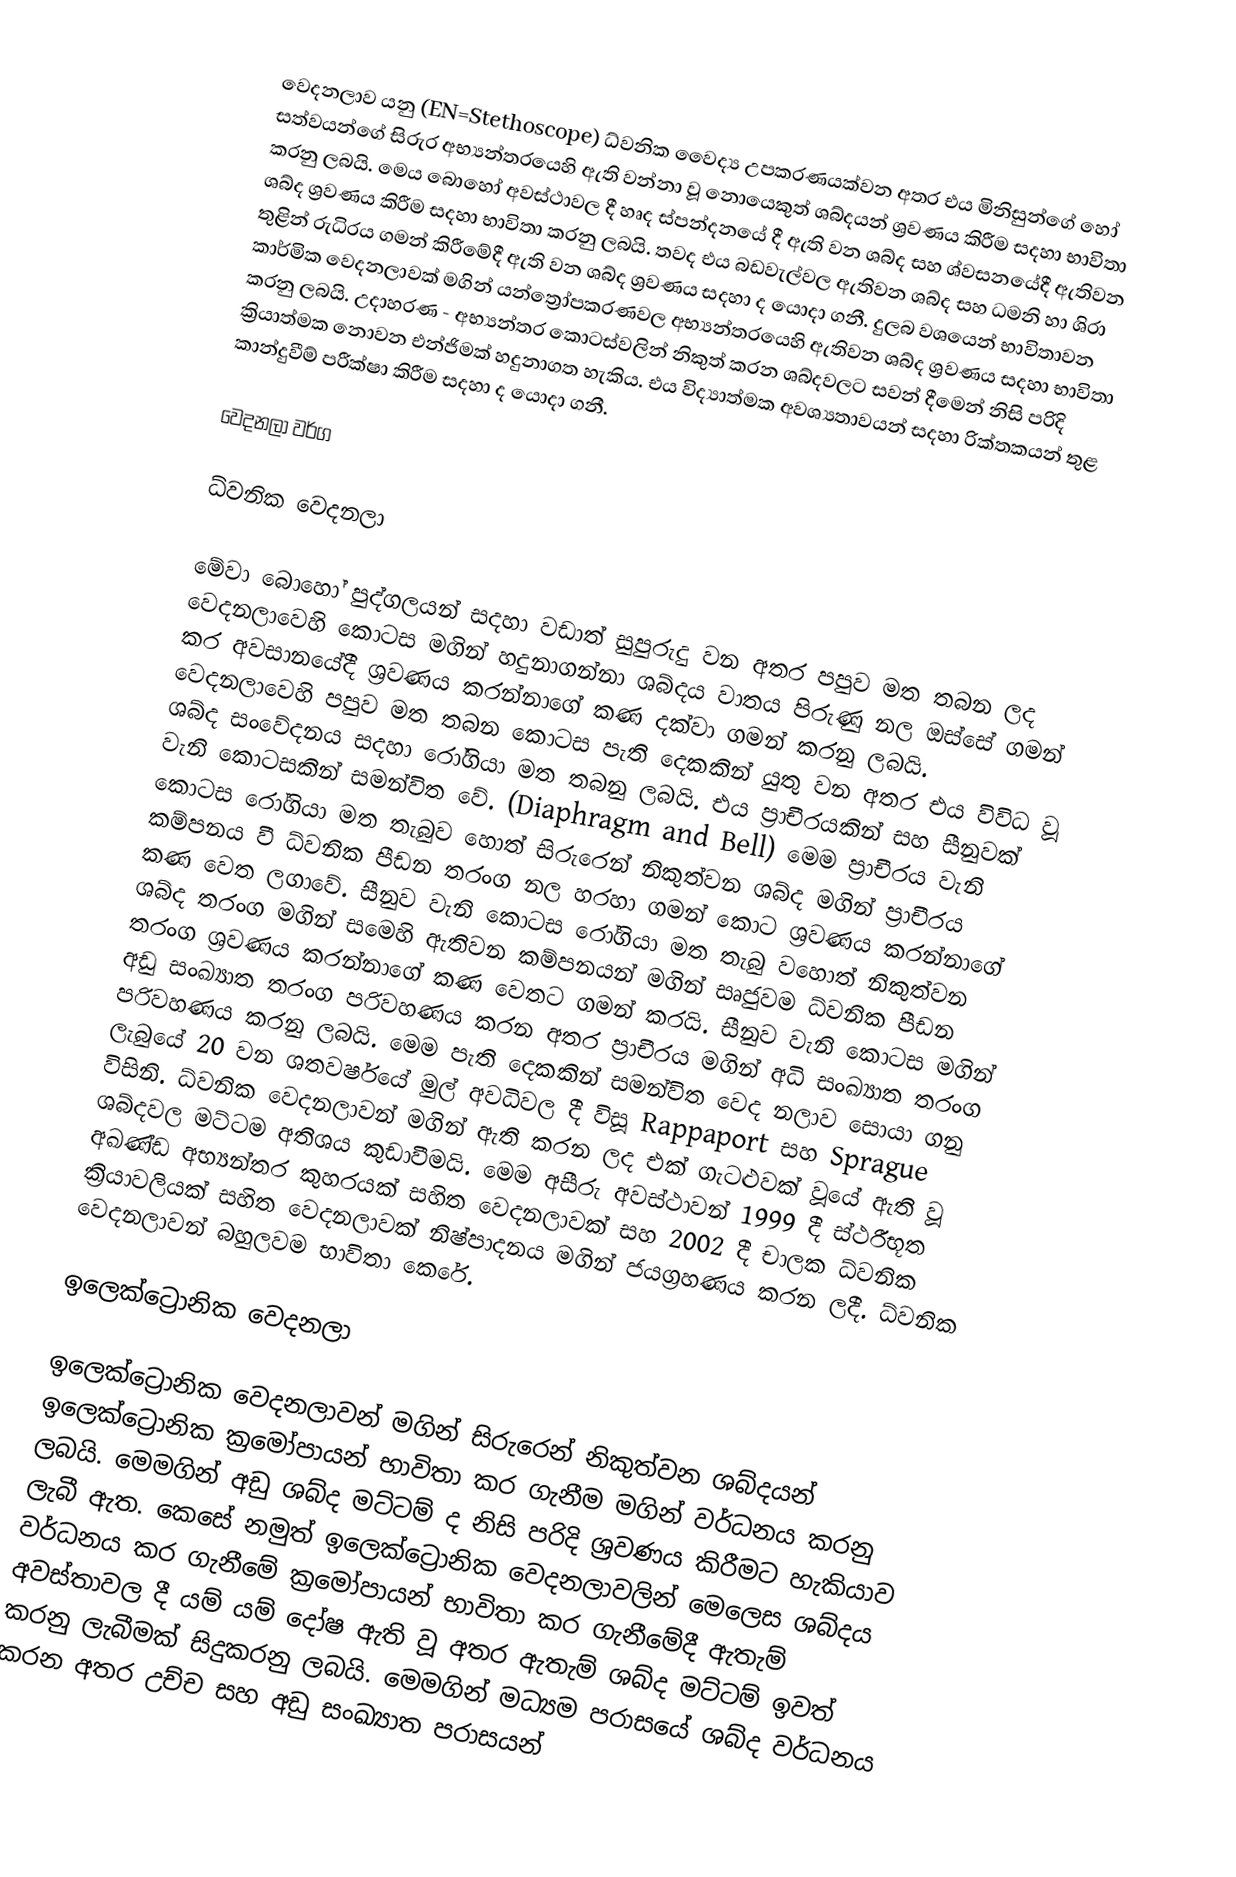
වෙදනලාව යනු (EN=Stethoscope) ධ්වනික වෛද්‍ය උපකරණයක්වන අතර එය මිනිසුන්ගේ හෝ සත්වයන්ගේ සිරුර අභ්‍යන්තරයෙහි ඇති වන්න‍ා වූ නොයෙකුත් ශබ්දයන් ශ්‍රවණය කිරීම සදහා භාවිතා කරනු ලබයි. මෙය බොහෝ අවස්ථාවල දී හෘද ස්පන්දනයේ දී ඇති වන ශබ්ද සහ ශ්වසනයේදී ඇතිවන ශබ්ද ශ්‍රවණය කිරීම සදහා භාවිතා කරනු ලබයි. තවද එය බඩවැල්වල ඇතිවන ශබ්ද සහ ධමනි හා ශිරා තුළින් රුධිරය ගමන් කිරීමේදී ඇති වන ශබ්ද ශ්‍රවණය සදහා ද යොදා ගනී. දුලබ වශයෙන් භාවිතාවන කාර්මික වෙදනලාවක් මගින් ‍යන්ත්‍රෝපකරණවල අභ්‍යන්තරයෙහි ඇතිවන ශබ්ද ශ්‍රවණය සදහා භාවිතා කරනු ලබයි. උදාහරණ - අභ්‍යන්තර කොටස්වලින් නිකුත් කරන ශබ්දවලට සවන් දීමෙන් නිසි පරිදි ක්‍රියාත්මක නොවන එන්ජිමක් හදුනාගත හැකිය. එය විද්‍යාත්මක අවශ්‍යතාවයන් සදහා රික්තකයන් තුළ කාන්දුවීම් පරීක්ෂා කිරීම සදහා ද යොදා ගනී.

වෙදනලා වර්ග

ධ්වනික වෙදනලා

මේවා බොහෝ පුද්ගලයන් සදහා වඩාත් සුපුරුදු වන අතර පපුව මත තබන ලද වෙදනලාවෙහි කොටස මගින් හදුනාගන්නා ශබ්දය වාතය පිරුණු නල ඔස්සේ ගමන් කර අවසානයේදී ශ්‍රවණය කරන්නාගේ කණ දක්වා ගමන් කරනු ලබයි. වෙදනලාවෙහි පපුව මත තබන කොටස පැති දෙකකින් යුතු වන අතර එය විවිධ වූ ශබ්ද සංවේදනය සදහා රෝගියා මත තබනු ලබයි. එය ප්‍රාචීරයකින් සහ සීනුවක් වැනි කොටසකින් සමන්විත වේ. (Diaphragm and Bell) මෙම ප්‍රාචීරය වැනි ‍කොටස රෝගියා මත තැබුව ‍හොත් සිරුරෙන් නිකුත්වන ශබ්ද මගින් ප්‍රාචීරය කම්පනය වී ධ්වනික පීඩන තරංග නල හරහා ගමන් කොට ශ්‍රවණය කරන්නා‍ගේ කණ වෙත ලගාවේ. සීනුව වැනි කොටස රෝගියා මත තැබු	වහොත් නිකුත්වන ශබ්ද තරංග මගින් සමෙහි ඇතිවන කම්පනයන් මගින් සෘජුවම ධ්වනික පීඩන තරංග ශ්‍රවණය කරන්න‍ාගේ කණ වෙතට ගමන් කරයි. සීනුව වැනි කොටස මගින් අඩු සංඛ්‍යාත තරංග පරිවහණය කරන අතර ප්‍රාචීරය මගින් අධි සංඛ්‍යාත තරංග පරිවහණය කරනු ලබයි. මෙම පැති දෙකකින් සමන්විත වෙද නලාව සොයා ගනු ලැබුයේ 20 වන ශතවර්ෂයේ මුල් අවධිවල දී විසූ Rappaport සහ Sprague විසිනි. ධ්වනික වෙදනලාවන් මගින් ඇති කරන ලද එක් ගැටළුවක් වූයේ ඇති වූ ශබ්දවල මට්ටම අතිශය කුඩාවීමයි. මෙම අසීරු අවස්ථාවන් 1999 දී ස්ථරීභූත අඛණ්ඩ අභ්‍යන්තර කුහරයක් සහිත වෙදනලාවක් සහ 2002 දී චාලක ධ්වනික ක්‍රියාවලියක් සහිත වෙදනලාවක් නිෂ්පාදනය මගින් ජයග්‍රහණය කරන ලදී. ධ්වනික වෙදනලාවන් බහුලවම භාවිතා කෙරේ.

ඉලෙක්ට්‍රොනික වෙදනලා

ඉලෙක්ට්‍රොනික වෙදනලාවන් මගින් සිරුරෙන් නිකුත්වන ශබ්දයන් ඉලෙක්ට්‍රොනික ක්‍රමෝපායන් භාවිතා කර ගැනීම මගින් වර්ධනය කරනු ලබයි. මෙමගින් අඩු ශබ්ද මට්ටම් ද නිසි පරිදි ශ්‍රවණය කිරීමට හැකියාව ලැබී ඇත. කෙසේ නමුත් ඉලෙක්ට්‍රොනික වෙදනලාවලින් මෙලෙස ශබ්දය වර්ධනය කර ගැනීමේ ක්‍රමෝපායන් භාවිතා කර ගැනීමේදී ඇතැම් අවස්තාවල දී යම් යම් දෝෂ ඇති වූ අතර ඇතැම් ශබ්ද මට්ටම් ඉවත් කරනු ලැබීමක් සිදුකරනු ලබයි. මෙමගින් මධ්‍යම පරාසයේ ශබ්ද වර්ධනය කරන අතර උච්ච සහ අඩු සංඛ්‍යාත පරාසයන්